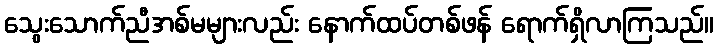
သွေးသောက်ညီအစ်မများလည်း နောက်ထပ်တစ်ဖန် ရောက်ရှိလာကြသည်။